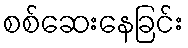
စစ်ဆေးနေခြင်း